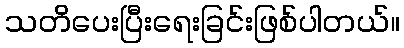
သတိပေးပြီးရေးခြင်းဖြစ်ပါတယ်။